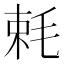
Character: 𣭵